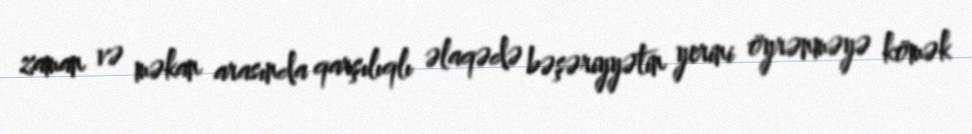
zaman və məkan arasında qarşılıqlı əlaqədə bəşəriyyətin yerini öyrənməyə kömək